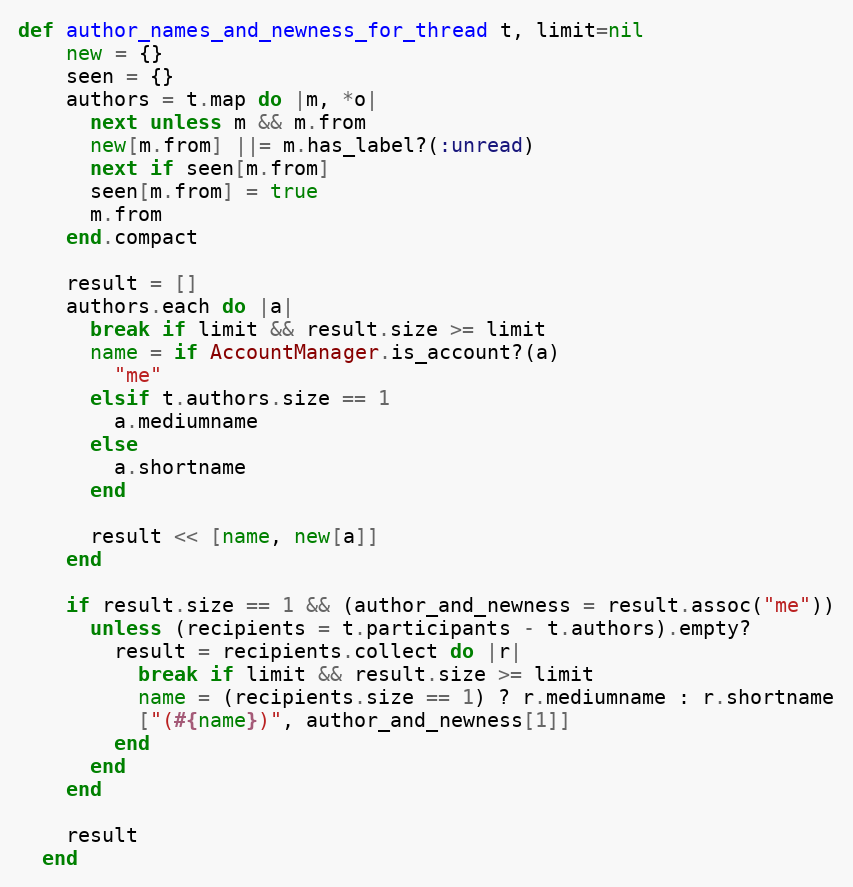
Language: Ruby
def author_names_and_newness_for_thread t, limit=nil
    new = {}
    seen = {}
    authors = t.map do |m, *o|
      next unless m && m.from
      new[m.from] ||= m.has_label?(:unread)
      next if seen[m.from]
      seen[m.from] = true
      m.from
    end.compact

    result = []
    authors.each do |a|
      break if limit && result.size >= limit
      name = if AccountManager.is_account?(a)
        "me"
      elsif t.authors.size == 1
        a.mediumname
      else
        a.shortname
      end

      result << [name, new[a]]
    end

    if result.size == 1 && (author_and_newness = result.assoc("me"))
      unless (recipients = t.participants - t.authors).empty?
        result = recipients.collect do |r|
          break if limit && result.size >= limit
          name = (recipients.size == 1) ? r.mediumname : r.shortname
          ["(#{name})", author_and_newness[1]]
        end
      end
    end

    result
  end